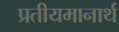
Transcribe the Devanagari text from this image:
प्रतीयमानार्थ